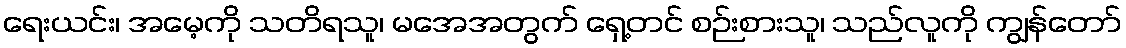
ရေးယင်း၊ အမေ့ကို သတိရသူ၊ မအေအတွက် ရှေ့တင် စဉ်းစားသူ၊ သည်လူကို ကျွန်တော်